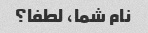
نام شما، لطفا؟